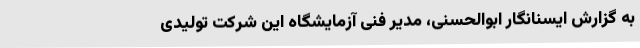
به گزارش ایسنانگار ابوالحسنی، مدیر فنی آزمایشگاه این شرکت تولیدی